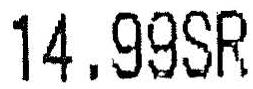
14.99SR